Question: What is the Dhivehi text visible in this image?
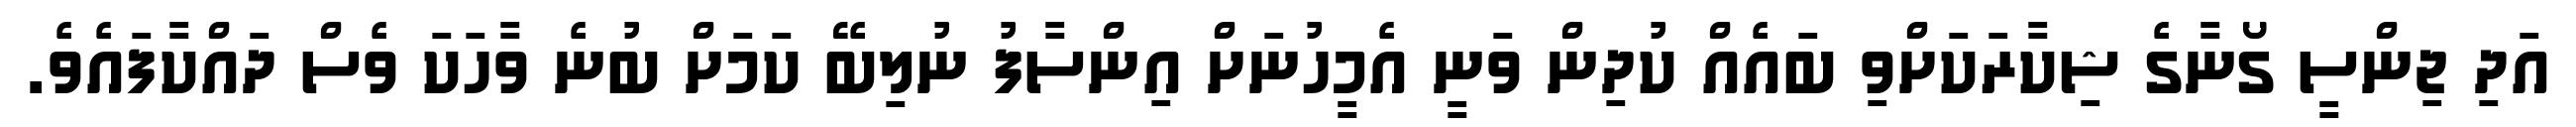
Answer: އަދި ޖިންސީ ގޯނާގެ ޝިކާރަކަށްވި ބައެއް ކުދިން ވަނީ އެމީހުނަށް އިންސާފު ނުލިބޭ ކަމަށް ބުނެ ވާހަކަ ވެސް ދައްކާފައެވެ.